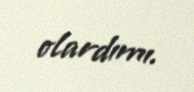
olardımı.